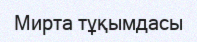
Мирта тұқымдасы